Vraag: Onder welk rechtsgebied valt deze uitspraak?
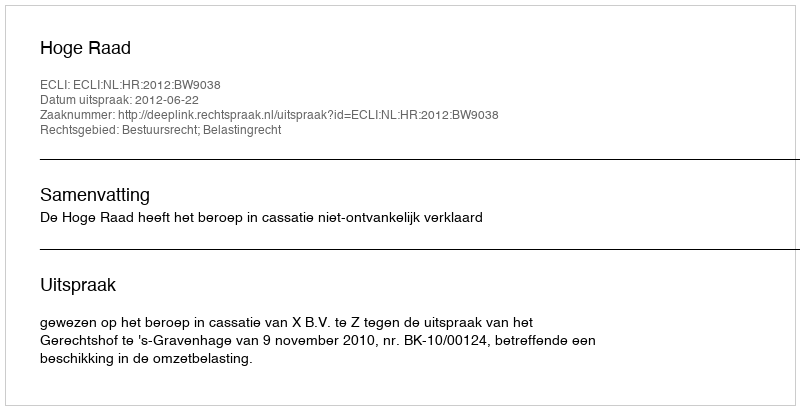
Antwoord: Bestuursrecht; Belastingrecht